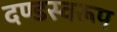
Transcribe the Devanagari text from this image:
दण्डस्वरूप